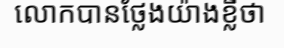
លោកបានថ្លែងយ៉ាងខ្លីថា